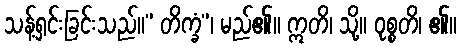
သန့်ရှင်းခြင်းသည်။” တိက္ခံ”၊ မည်၏။ ဣတိ၊ သို့။ ဝုစ္စတိ၊ ၏။